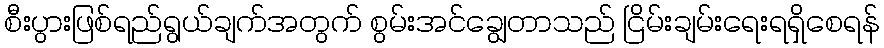
စီးပွားဖြစ်ရည်ရွယ်ချက်အတွက် စွမ်းအင်ချွေတာသည် ငြိမ်းချမ်းရေးရရှိစေရန်